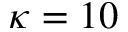
\kappa = 1 0